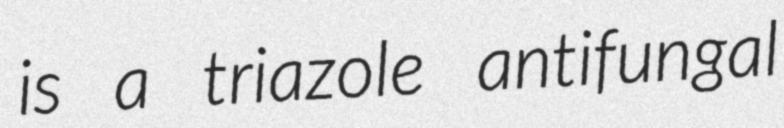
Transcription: is a triazole antifungal